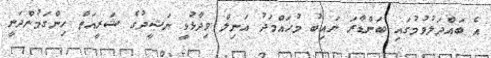
އެ ބައްދަލުވުމުގައި ބަންޑާރަ ނައިބު މުހައްމަދު އަނިލް ވިދާޅުވީ ނަޝީދުގެ ޝަރީއަތް ހިންގަމުންދަނީ